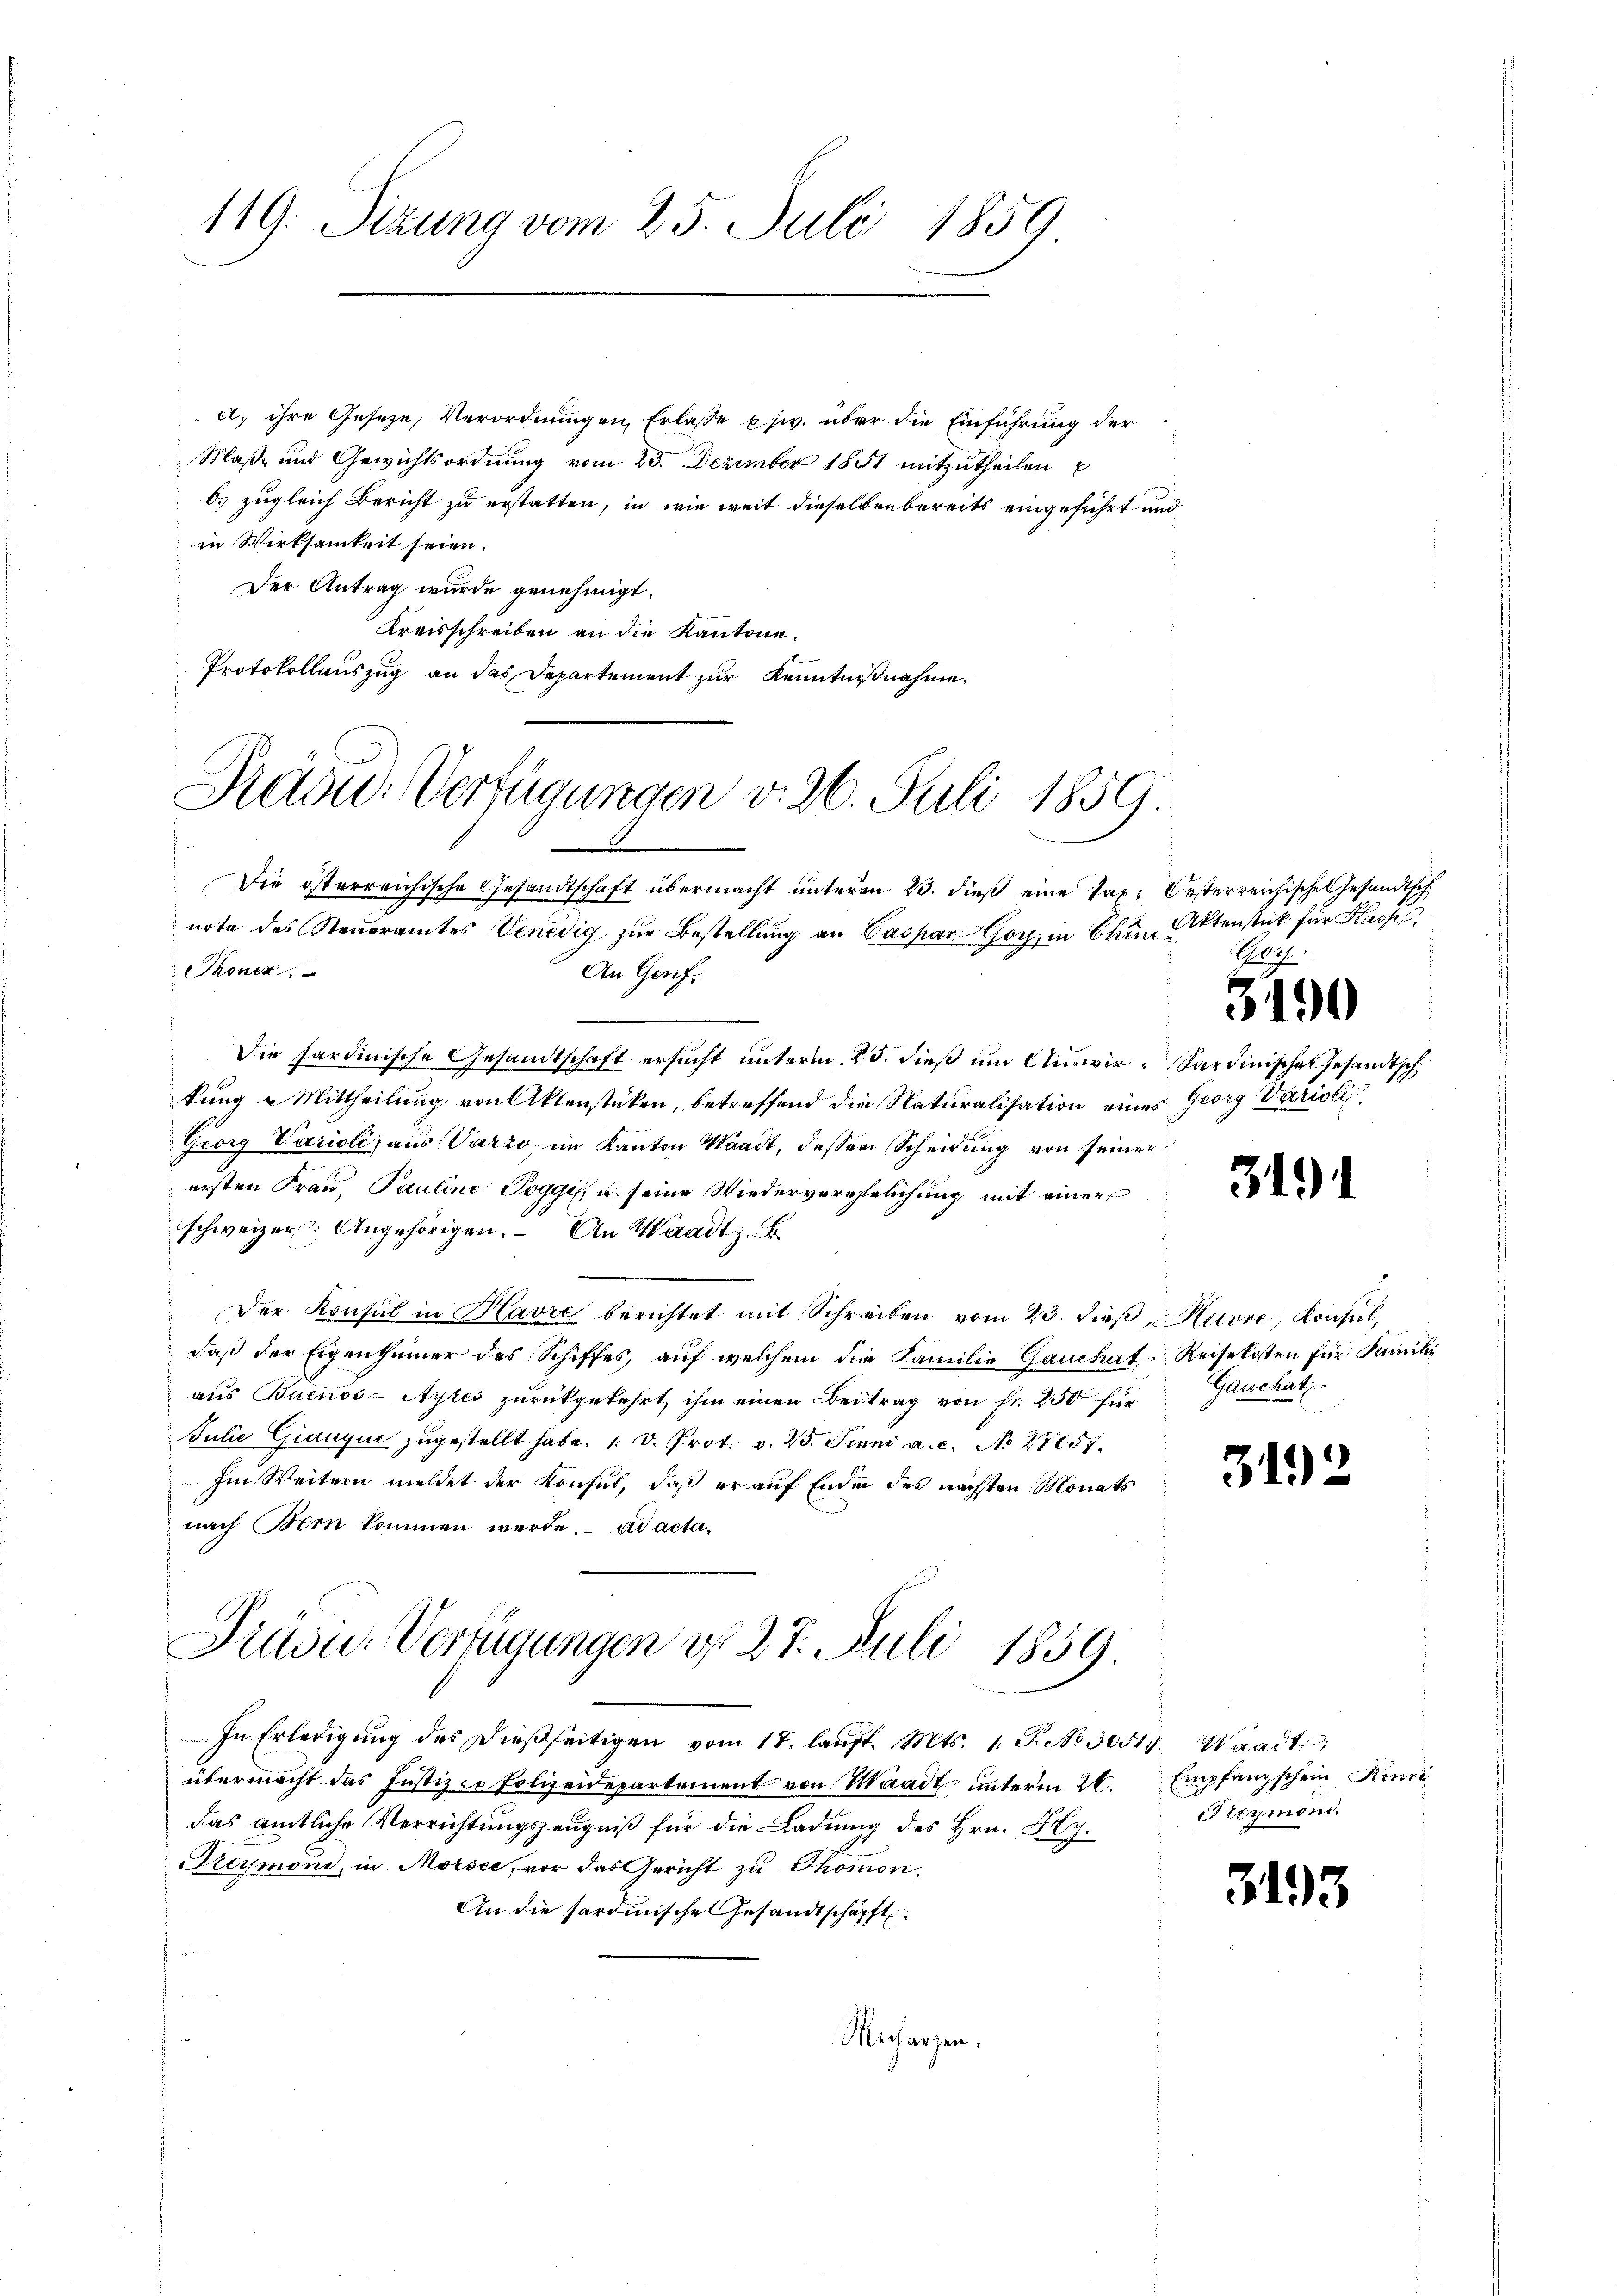
119. Sizung vom 25. Juli 1859

Der Antrag wurde genehmigt.
Kreisschreiben an die Kantone.
Protokollauszug an das Departement zur Kenntnißnahme.

c. ihre Geseze, Verordnungen, Erlasse priv. über die Einführung der
Maß- und Gewichtsordnung vom 23. Dezember 1851 mitzutheilen
b.) zugleich Bericht zu erstatten, in wie weit dieselben bereits eingeführt und
in Wirksamkeit seien.

Präsid. Verfügungen v. 26. Juli 1859

Die österreichische Gesandtschaft übermacht ŭnterm 23. dieβ eine tat. Oesterreichische Gesandtsch
note des Steueramtes Venedig zur Bestellung an Gaspar Gogin Chine Aktenstück für Kais
Thonez
An Genf.
Die sardinische Gesandtschaft ersucht unterm 25. dieß um Auswir- Sardinischen Gesandtsch
kung u Mittheilung von Aktenstücken, betreffend die Naturalisation eines Georg Varielis,
Georg Varioli, aus Varzo, im Kanton Waadt, dessen Scheidung von seiner
ersten Frau, Pauline Poggis, u. seine Wiederverehelichung mit einer
schweizer. Angehörigen. An Waadt z. B.
Der Konsul in Havre berichtet mit Schreiben vom 23. dieß, Havre, Konsul,
daß der Eigentümer des Schiffes, auf welchem die Familie Gauchat-Reisekosten für Familie
aus Buenos-Ayres zurückgekehrt, ihm einen Beitrag von Fr. 250 für
Julie Grauque zugestellt habe. 1. d. Prot. v. 25. Juni a. c. No 27057.
Im Weitern meldet der Konsul, daß er auf Ende des nächsten Monats
nach Bern kommen werde. ad acta¬

Präsid.. Verfügungen d. 27. Juli 1859

In Erledigŭng des dießseitigen vom 17. laŭft. Mts. 1. J. No. 30517. Waadt,
übermacht das Justizco Polizeidepartement von Waadt unterm 26. Empfangschein Henri
das amtliche Verrichtungszeugniß für die Ladung des Hrn. Hly.
reymond, in Morsee, vor das Gericht zu Thomon.
An die sardinische Gesandtschäfft
Mechargen.

Rag

.

319

Gauchatz-

319

3193

1

Stymoni.